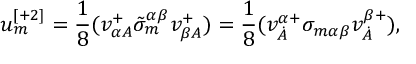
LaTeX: u _ { m } ^ { [ + 2 ] } = \frac 1 8 ( v _ { \alpha A } ^ { + } \tilde { \sigma } _ { m } ^ { \alpha \beta } v _ { \beta A } ^ { + } ) = \frac 1 8 ( v _ { \dot { A } } ^ { \alpha + } \sigma _ { m \alpha \beta } v _ { \dot { A } } ^ { \beta + } ) ,